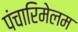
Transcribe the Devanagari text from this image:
पंचारिमेलम